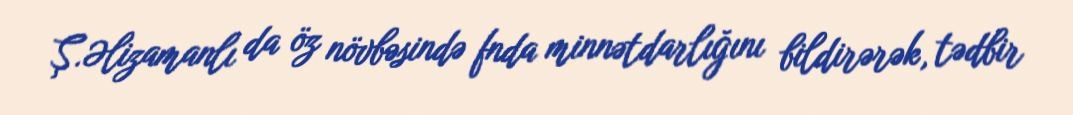
Ş.Əlizamanlı da öz növbəsində fnda minnətdarlığını bildirərək, tədbir